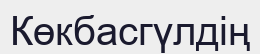
Көкбасгүлдің